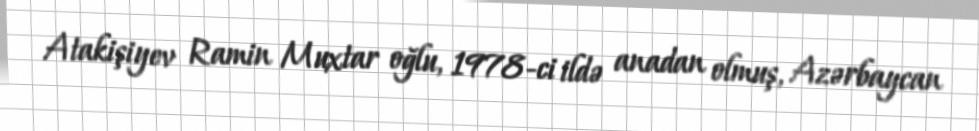
Atakişiyev Ramin Muxtar oğlu, 1978-ci ildə anadan olmuş, Azərbaycan